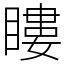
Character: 瞜